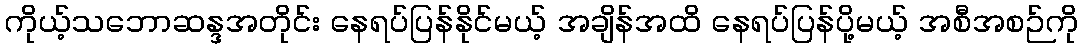
ကိုယ့်သဘောဆန္ဒအတိုင်း နေရပ်ပြန်နိုင်မယ့် အချိန်အထိ နေရပ်ပြန်ပို့မယ့် အစီအစဉ်ကို